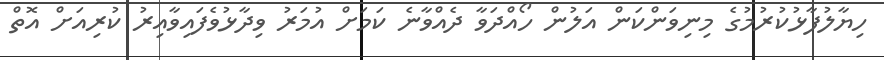
ހިޔާލުފާޅުކުުރުމުގެ މިނިވަންކަން އަލުން ހޯއްދަވާ ދެއްވާނެ ކަމަށް އުމަރު ވިދާޅުވެފައިވާއިރު ކުރިއަށް އޮތް